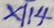
x \vert 1 4